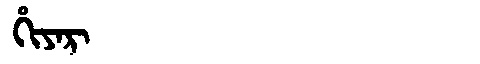
Manchu: ᡥᡳᠶᠠᡵ
Romanization: HIYAR